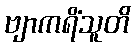
ဗျာကရိံသူတိ